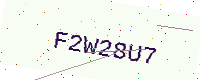
Text: F2W28U7